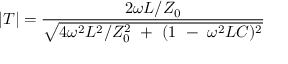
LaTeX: | T | = { \frac { 2 \omega L / Z _ { 0 } } { \sqrt { 4 \omega ^ { 2 } L ^ { 2 } / Z _ { 0 } ^ { 2 } ~ + ~ ( 1 ~ - ~ \omega ^ { 2 } L C ) ^ { 2 } } } }